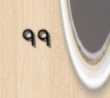
٩٩